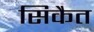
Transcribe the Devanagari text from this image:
सिकैत